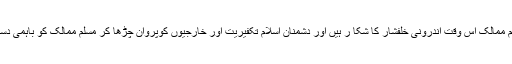
پاکستان ،سعودی عرب اور ترکی سمیت دنیا کے اہم مسلم ممالک اس وقت اندرونی خلفشار کا شکا ر ہیں اور دشمنان اسلام تکفیریت اور خارجیوں کوپروان چڑھا کر مسلم ممالک کو باہمی دست وگریباں کرنے کی کوششوں میں مصروف عمل ہے ۔